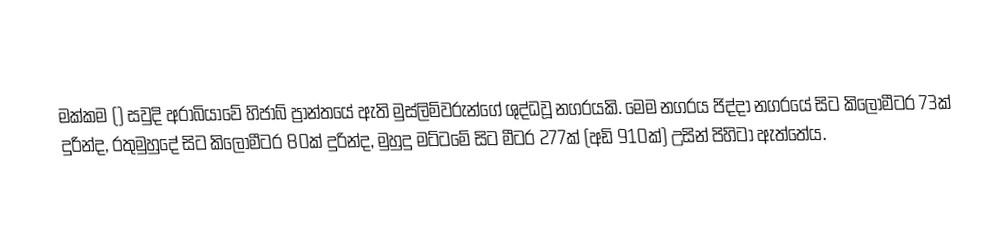
මක්කම () සවුදි අරාබියාවේ හිජාබ් ප්‍රාන්තයේ ඇති මුස්ලිම්වරුන්ගේ ශුද්ධවූ නගරයකි. මෙම නගරය ජිද්දා නගරයේ සිට කිලෝමීටර 73ක් දුරින්ද, රතුමුහුදේ සිට කිලෝමීටර 80ක් දුරින්ද, මුහුදු මට්ටමේ සිට මීටර 277ක් (අඩි 910ක්) උසින් පිහිටා ඇත්තේය.